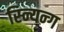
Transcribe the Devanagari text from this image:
स्न्यिन्ग